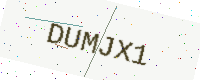
Text: DUMJX1